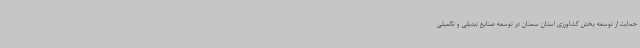
حمایت از توسعه بخش کشاورزی استان سمنان در توسعه صنایع تبدیلی و تکمیلی